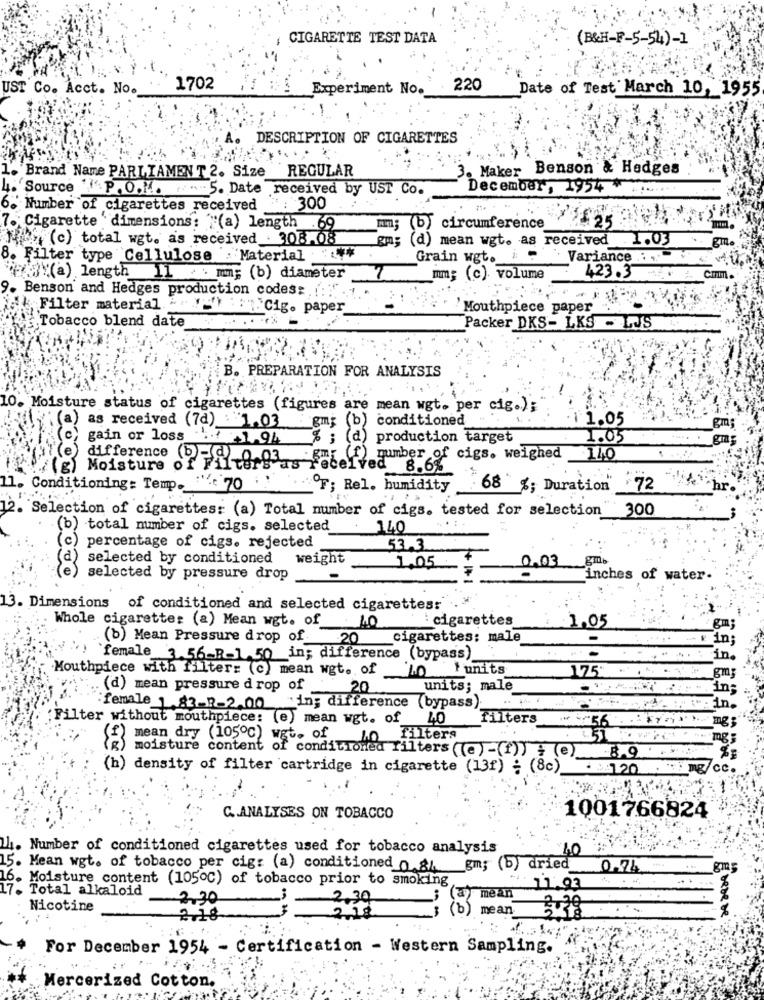
CIGARETTE TEST DATA
(B&H-F-5-54)-1
UST Co. Acet. No.
1702
Experiment No.
220
Date of Test March 10, 1955
DESCRIPTION OF CIGARETTES
3. Maker Benson & Hedges
Brand Name PARLIAMENT 2. Size REGULAR
4. Source P.O.M. : 5. Date received by UST Co.
December, 1954 *
6.' Number of cigarettes received : 300
7. Cigarette dimensions: "(a) length .69
mm; (b) circumference
{ (c) total wgt. as received . 308.08
gm; (d) mean wgt. as received
1.03
8. Filter type Cellulose : Material
Grain wgt.
Variance .. .
3"(a) length 11 . mm; (b) diameter
mm; (c) volume
423.3
9. Benson and Hedges production codess ..
Filter material -
"Cig. paper
Mouthpiece paper
Tobacco blend date
Packer DKS- LKS - LJS
B. PREPARATION FOR ANALYSIS
10. Moisture status of cigarettes (figures are mean wgt. per cig.);
"(a) as received (7d) : "1.03 : gm; (b) conditioned
1.05
(c) gain or loss !! - 1.94 % ; ( a)
production target
1.05
gm
gmx (f) number of cigs. weighed
140
(g) Moisture of Fi
(e) difference (b)-d) 0 93 Febelved 8.6%
11. Conditioning: Temp. .. 70
"OF; Rel. humidity
68 %; Duration" 72
12. Selection of cigarettes: (a) Total number of cigs. tested for selection
300
(b) total number of cigs. selected
140
percentage of cigs. rejected
53.3
selected by conditioned weight
gm
1.05
0.03
selected by pressure drop
+ 1+1
inches of water.
13. Dimensions of conditioned and selected cigarettes:
cigarettes
1.05
Whole cigaretter (a) Mean wgt. of . 40
gm;
(b) Mean Pressure drop of
20 cigarettes: male
in;
female 3.56-B-1.50 in; difference (bypass)
in.
Mouthpiece with filter: (c) mean wgt. of_ 10 units
175"
gm
(d) mean pressure drop of _
20
units; male
in;
:female 1.83-8-2.00
"in; difference (bypass).
in.
Filter without mouthpiece: (e) mean wgt. of 40
filters
-56
f) mean dry (105℃) wgt. of
Filters
mg
moisture content of conditioned filters ((e) -(f)) + (e) 8,9
(h) density of filter cartridge in cigarette (13f) ; (8c) - >120
mg/cc.
C. ANALYSES ON TOBACCO
1001766824
h. Number of conditioned cigarettes used for tobacco analysis
15. Mean wgt. of tobacco per cig: (a) conditioned_0 8_gm; (b) dried
0.74
16. Moisture content (105oc) of tobacco prior to smoking
17. Total alkaloid
11.93
2.30
-
2.30
(a) mean
Nicotine
mean
2.18
2.12
( b )
Eserere:
For December 1954 - Certification - Western Sampling.
Mercerized Cotton,